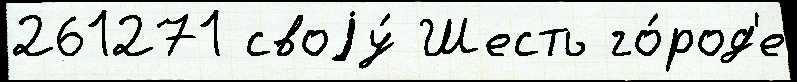
261271 своjу́ Шесть го́род'е